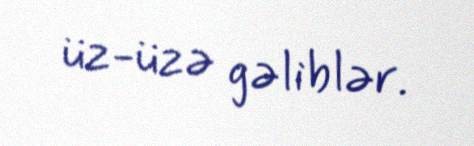
üz-üzə gəliblər.